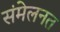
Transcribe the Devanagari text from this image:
संमेलनत